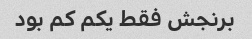
برنجش فقط یکم کم بود